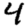
Digit: 4